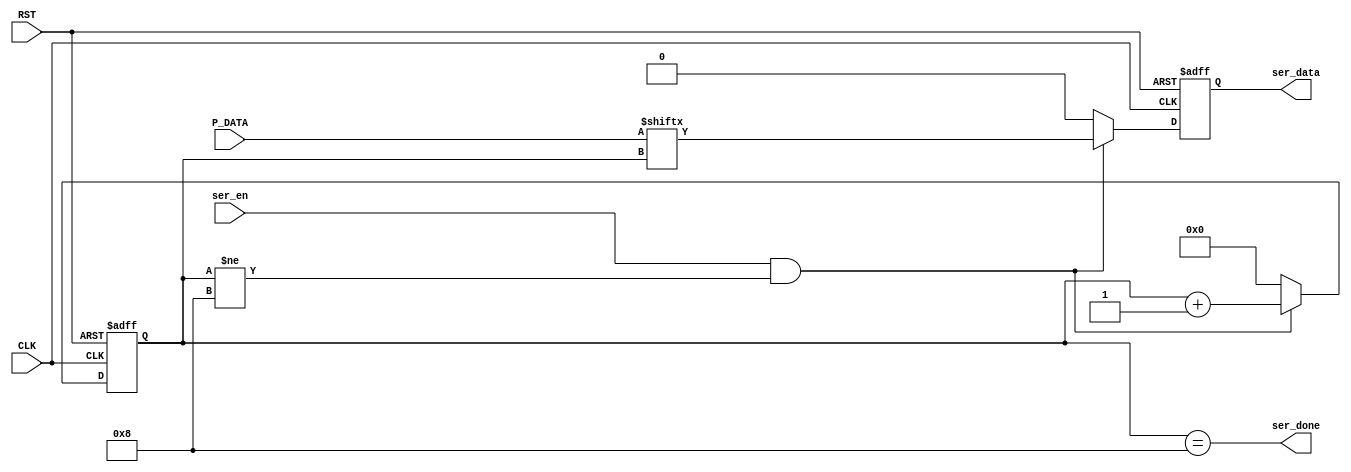
module UART_serializer(
  input wire [7:0] P_DATA,
  input wire ser_en, CLK, RST,
  output reg ser_data,
  output wire ser_done
);

  reg [3:0] counter; 
  
  
  always@(posedge CLK or negedge RST)
  begin
    if(!RST)
      begin
        counter <= 4'b0000;
        ser_data <= 1'b0;
      end
     
    else if (ser_en && counter != 4'b1000)
      begin
        ser_data <= P_DATA[counter];
        counter <= counter + 1 ;
      end
      
    else begin
        counter <= 4'b0000;
        ser_data <= 1'b0;
    end
  end
  
  assign ser_done = (counter == 4'b1000);
  
endmodule